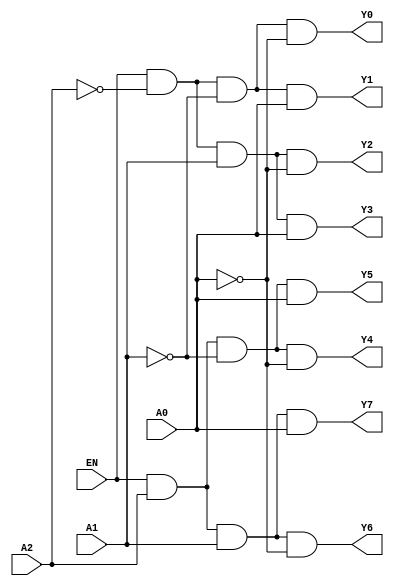
module decoder3to8 (
    input A0,
    input A1,
    input A2,
    input EN,
    output Y0,
    output Y1,
    output Y2,
    output Y3,
    output Y4,
    output Y5,
    output Y6,
    output Y7
);
    assign Y0 = EN & ~A2 & ~A1 & ~A0;
    assign Y1 = EN & ~A2 & ~A1 & A0;
    assign Y2 = EN & ~A2 & A1 & ~A0;
    assign Y3 = EN & ~A2 & A1 & A0;
    assign Y4 = EN & A2 & ~A1 & ~A0;
    assign Y5 = EN & A2 & ~A1 & A0;
    assign Y6 = EN & A2 & A1 & ~A0;
    assign Y7 = EN & A2 & A1 & A0;
endmodule